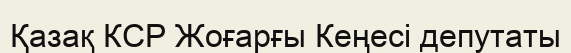
Қазақ КСР Жоғарғы Кеңесі депутаты